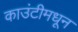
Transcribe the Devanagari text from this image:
काउंटीमधून